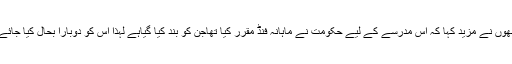
انھوں نے مزید کہا کہ اس مدرسے کے لیے حکومت نے ماہانہ فنڈ مقرر کیا تھاجن کو بند کیا گیاہے لہٰذا اس کو دوبارا بحال کیا جائے۔